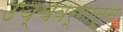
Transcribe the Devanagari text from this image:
उच्चवर्गातून